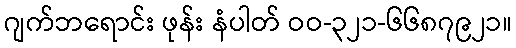
ဂျက်ဘရောင်း ဖုန်း နံပါတ် ဝဝ-၃၂၁-၆၆၈၇၉၂၁။